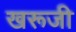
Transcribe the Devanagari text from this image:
खरूजी